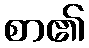
စာ၏